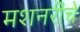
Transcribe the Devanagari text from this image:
मशनरींचे